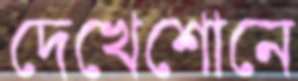
দেখেশোনে